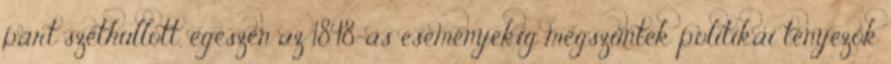
párt széthullott, egészen az 1848-as eseményekig megszűntek politikai tényezők